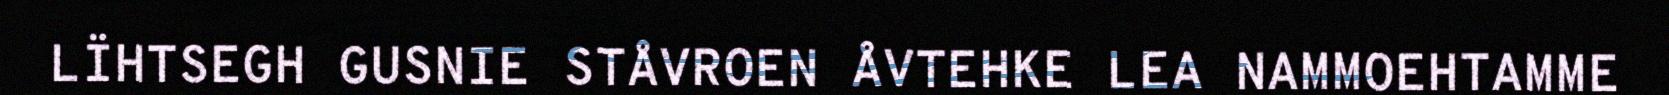
LÏHTSEGH GUSNIE STÅVROEN ÅVTEHKE LEA NAMMOEHTAMME